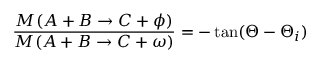
\frac { M ( A + B \rightarrow C + \phi ) } { M ( A + B \rightarrow C + \omega ) } = - \tan ( \Theta - \Theta _ { i } )